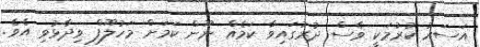
އަސަރު ކުރުމަކީ ވެސް ދުރުގައިވާ ކަމެއް ނޫން ކަމަށް މަހުލޫފް ވިދާޅުވި އެވެ.